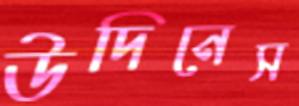
উদিনেস